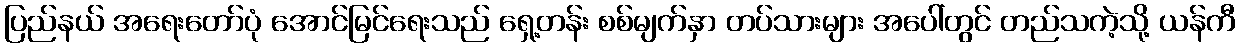
ပြည်နယ် အရေးတော်ပုံ အောင်မြင်ရေးသည် ရှေ့တန်း စစ်မျက်နှာ တပ်သားများ အပေါ်တွင် တည်သကဲ့သို့ ယန်ကီ